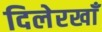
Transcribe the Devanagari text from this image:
दिलेरखाँ